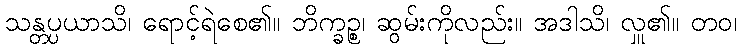
သန္တပ္ပယာသိ၊ ရောင့်ရဲစေ၏။ ဘိက္ခဉ္စ၊ ဆွမ်းကိုလည်း။ အဒါသိ၊ လှူ၏။ တဝ၊